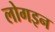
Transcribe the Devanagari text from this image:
लोगइन